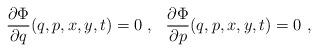
LaTeX: \begin{align*}\frac{\partial \Phi}{\partial q}(q,p,x,y,t)=0 \ , \ \ \frac{\partial \Phi}{\partial p}(q,p,x,y,t)=0 \ ,\end{align*}